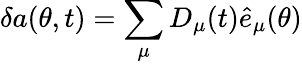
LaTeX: \delta a(\theta,t)=\sum_{\mu}D_{\mu}(t){\hat{e}_{\mu}(\theta)}